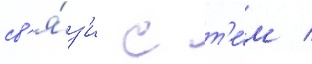
св'я́з'и с т'е́м /